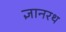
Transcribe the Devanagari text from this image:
ज्ञानरथ